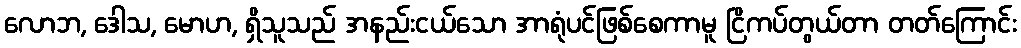
လောဘ, ဒေါသ, မောဟ, ရှိသူသည် အနည်းငယ်သော အာရုံပင်ဖြစ်စေကာမူ ငြိကပ်တွယ်တာ တတ်ကြောင်း